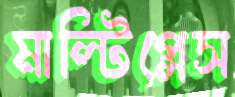
মাল্টিপ্লেস